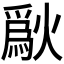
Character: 𤏜